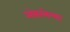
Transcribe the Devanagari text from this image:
अंथरलेल्या